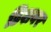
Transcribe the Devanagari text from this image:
डिशवर